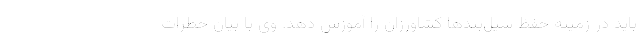
باید در زمینه حفظ سیل‌بندها کشاورزان را آموزش دهد. وی با بیان خطرات